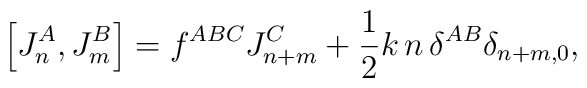
\left[J_{n}^{A}, J_{m}^{B}\right]= f^{ABC} J_{n+m}^{C}+ \frac{1}{2} k\,n\,\delta^{AB}\delta_{n+m,0},